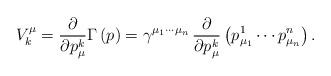
LaTeX: \begin{align*}V_k^\mu =\frac \partial {\partial p_\mu ^k}\Gamma \left( p\right) =\gamma^{\mu _1\cdots \mu _n}\,\frac \partial {\partial p_\mu ^k}\left( p_{\mu_1}^1\cdots p_{\mu _n}^n\right) . \end{align*}